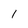
Character: I